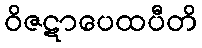
ဝိဇဋာပေထပီတိ